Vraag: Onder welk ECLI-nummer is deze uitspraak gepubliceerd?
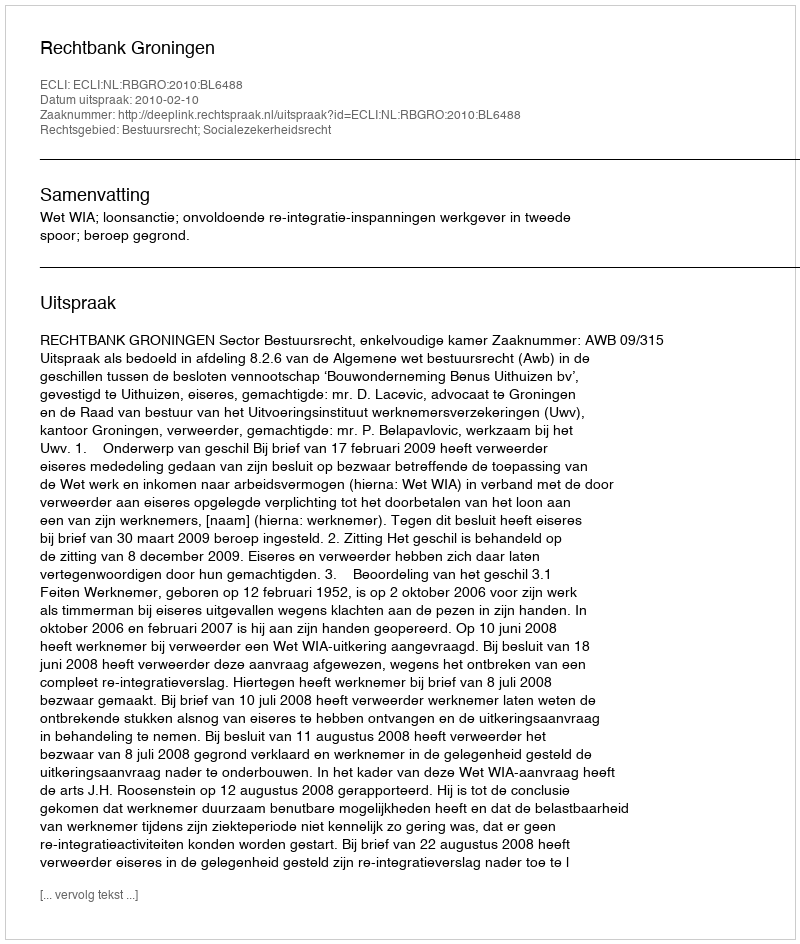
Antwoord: ECLI:NL:RBGRO:2010:BL6488